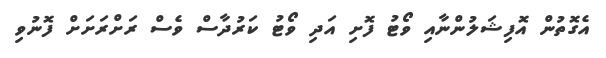
އެގޮތުން އޮފިޝަލުންނާއި ވޯޓު ފޮށި އަދި ވޯޓު ކަރުދާސް ވެސް ރަށްރަށަށް ފޮނުވި